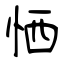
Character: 恓